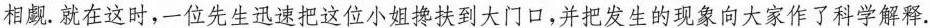
相觑。就在这时，一位先生迅速把这位小姐搀扶到大门口，并把发生的现象向大家作了科学解释.